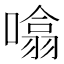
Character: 噏